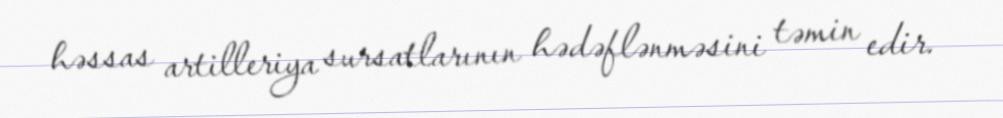
həssas artilleriya sursatlarının hədəflənməsini təmin edir.